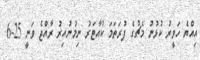
އިއްޔެ ހަވީރު ކުޅުނު މެޗުގެ ފުރަތަމަ ކުއާޓަރު ނިމުނުއިރު ރާއްޖެ ވަނީ 25-6